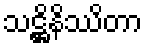
သဋ္ဌိနိဿိတာ